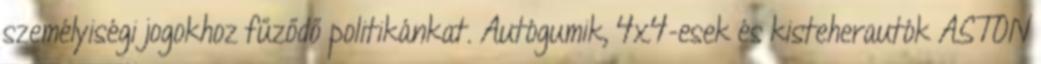
személyiségi jogokhoz fűződő politikánkat. Autógumik, 4x4-esek és kisteherautók ASTON